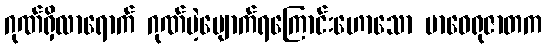
ဂုဏ်ရှိလာရောက် ဂုဏ်မဲ့ပျောက်ရကြောင်းဟောသော ဗာဝေရုဇာတက